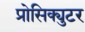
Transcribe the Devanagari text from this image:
प्रोसिक्युटर